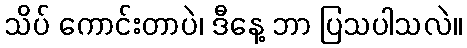
သိပ် ကောင်းတာပဲ၊ ဒီနေ့ ဘာ ပြသပါသလဲ။